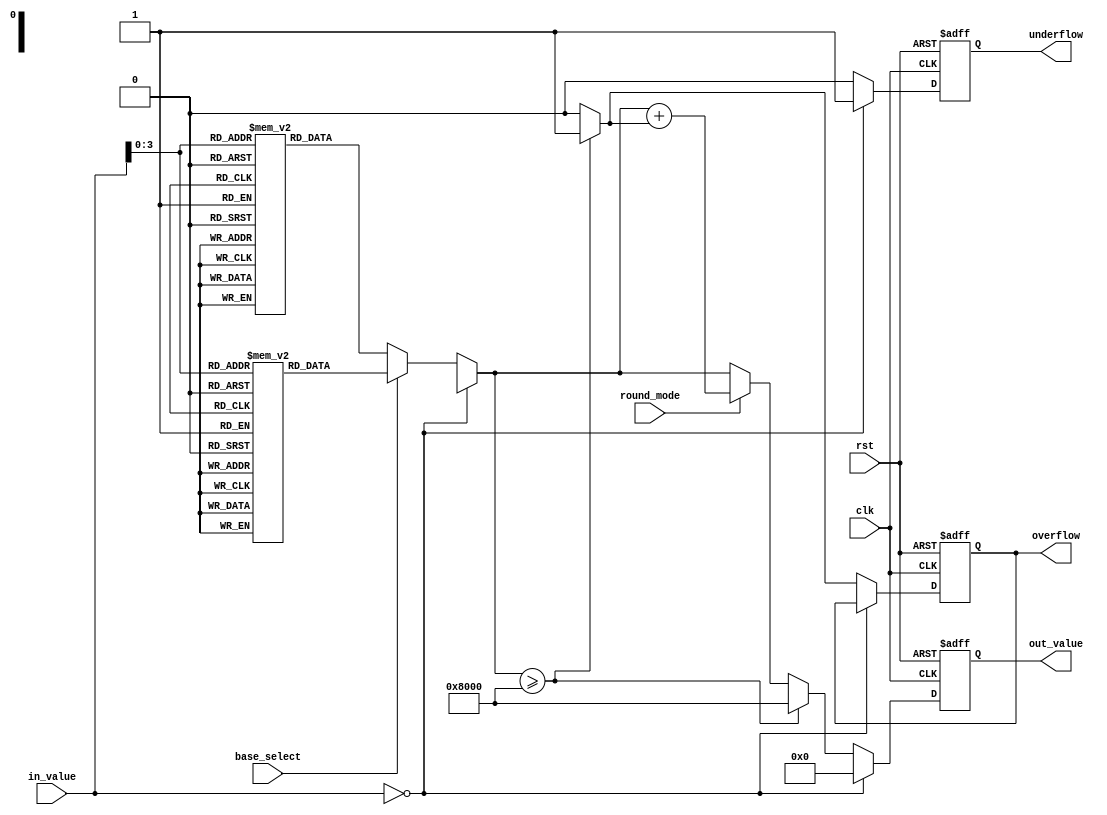
module LogarithmicUnit #(
    parameter N = 16, // Input width
    parameter M = 16  // Output width
)(
    input wire clk,
    input wire rst,
    input wire [N-1:0] in_value,     // Fixed-point input value
    input wire base_select,           // 0 for base 2, 1 for base 10
    input wire round_mode,            // 0 for floor, 1 for round
    output reg [M-1:0] out_value,     // Fixed-point output value
    output reg overflow,              // Overflow flag
    output reg underflow              // Underflow flag
);

    // Internal signals
    reg [M-1:0] log_result;
    reg [M-1:0] log_base2, log_base10;

    // Lookup tables for logarithm values (for simplicity, only a few values are shown)
    reg [M-1:0] log_table_base2 [0:15]; // Example LUT for base 2
    reg [M-1:0] log_table_base10 [0:15]; // Example LUT for base 10

    initial begin
        // Initialize base 2 log table (for example)
        log_table_base2[0] = 16'b0000000000000000; // log2(1) = 0
        log_table_base2[1] = 16'b0000000000000001; // log2(2) = 1
        log_table_base2[2] = 16'b0000000000000010; // log2(4) = 2
        log_table_base2[3] = 16'b0000000000000011; // log2(8) = 3
        // ... populate the rest based on desired precision

        // Initialize base 10 log table (for example)
        log_table_base10[0] = 16'b0000000000000000; // log10(1) = 0
        log_table_base10[1] = 16'b0000000000000001; // log10(10) = 1
        log_table_base10[2] = 16'b0000000000000010; // log10(100) = 2
        log_table_base10[3] = 16'b0000000000000011; // log10(1000) = 3
        // ... populate the rest based on desired precision
    end

    always @(posedge clk or posedge rst) begin
        if (rst) begin
            out_value <= 0;
            overflow <= 0;
            underflow <= 0;
        end else begin
            // Input preprocessing
            if (in_value == 0) begin
                underflow <= 1;
                out_value <= 0; // log(0) is undefined
                log_result <= 0;
            end else begin
                underflow <= 0;

                // Logarithmic calculation based on base selection
                if (base_select == 0) begin
                    // Base 2 logarithm
                    log_result = log_table_base2[in_value[N-1:0]]; // Simplified to use lower bits
                end else begin
                    // Base 10 logarithm
                    log_result = log_table_base10[in_value[N-1:0]]; // Simplified to use lower bits
                end

                // Rounding based on rounding mode
                if (round_mode) begin
                    out_value <= log_result + (log_result[M-1:0] >= 16'b1000000000000000 ? 1 : 0); // Round up if necessary
                end else begin
                    out_value <= log_result; // Floor
                end

                // Overflow handling (example for base 2)
                if (log_result >= {1'b1, {M-1{1'b0}}}) begin // Check for overflow
                    overflow <= 1;
                    out_value <= {1'b1, {M-1{1'b0}}}; // Max representable value
                end else begin
                    overflow <= 0;
                end
            end
        end
    end
endmodule